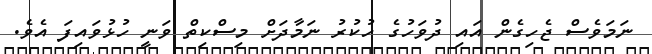
ނަމަވެސް ޖެހިގެން އައި ދުވަހުގެ ހުކުރު ނަމާދަށް މިސްކިތް ވަނީ ހުޅުވައިފަ އެވެ.